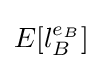
E[l_{B}^{e_{B}}]